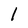
Character: l